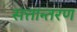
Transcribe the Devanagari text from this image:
सत्तान्तरण